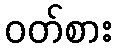
ဝတ်စား